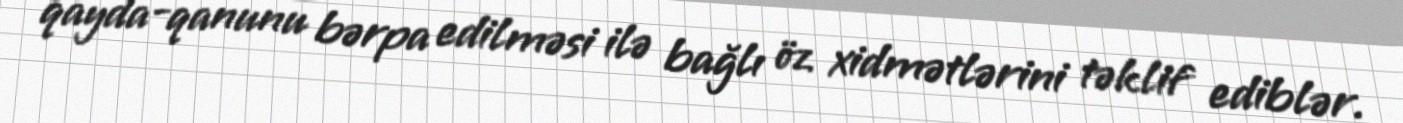
qayda-qanunu bərpa edilməsi ilə bağlı öz xidmətlərini təklif ediblər.